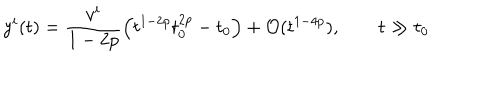
y ^ { i } ( t ) = \frac { v ^ { i } } { 1 - 2 p } \left( t ^ { 1 - 2 p } t _ { 0 } ^ { 2 p } - t _ { 0 } \right) + { \cal O } ( t ^ { 1 - 4 p } ) , \qquad t \gg t _ { 0 }